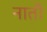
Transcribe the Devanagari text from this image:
नातौ